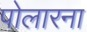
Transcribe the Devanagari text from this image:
पोलारना